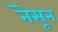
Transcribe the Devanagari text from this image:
नॆसून